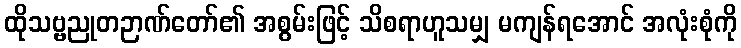
ထိုသဗ္ဗညုတဉာဏ်တော်၏ အစွမ်းဖြင့် သိစရာဟူသမျှ မကျန်ရအောင် အလုံးစုံကို